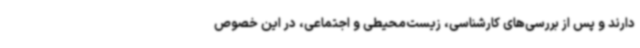
دارند و پس از بررسی‌های کارشناسی، زیست‌محیطی و اجتماعی، در این خصوص